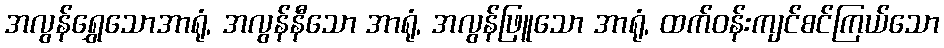
အလွန်ရွှေသောအာရုံ, အလွန်နီသော အာရုံ, အလွန်ဖြူသော အာရုံ, ထက်ဝန်းကျင်စင်ကြယ်သော